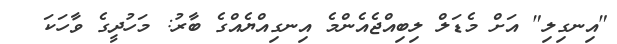
"އިނގިލި" އަށް މެޑަލް ލިބިއްޖެއެންމެ އިނގިއްޔެއްގެ ބާރު: މަހުދީގެ ވާހަކަ